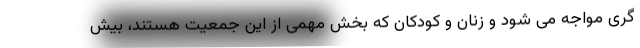
گری مواجه می شود و زنان و کودکان که بخش مهمی از این جمعیت هستند، بیش